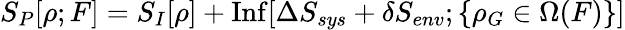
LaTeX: S_{P}[\rho;F]=S_{I}[\rho]+\mathrm{Inf}[\Delta S_{sys}+\delta S_{env};\{ \rho_{G}\in\Omega(F)\} ]